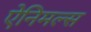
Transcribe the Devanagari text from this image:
ऐनिमल्स